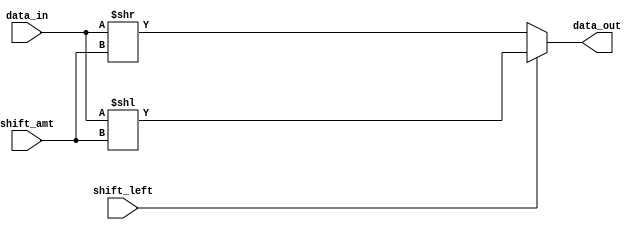
module barrel_shifter (
  input [7:0] data_in,
  input [2:0] shift_amt,
  input shift_left,
  output [7:0] data_out
);

reg [7:0] temp_data;

always @(*) begin
  if (shift_left) begin
    temp_data = data_in << shift_amt;
  end else begin
    temp_data = data_in >> shift_amt;
  end
end

assign data_out = temp_data;

endmodule